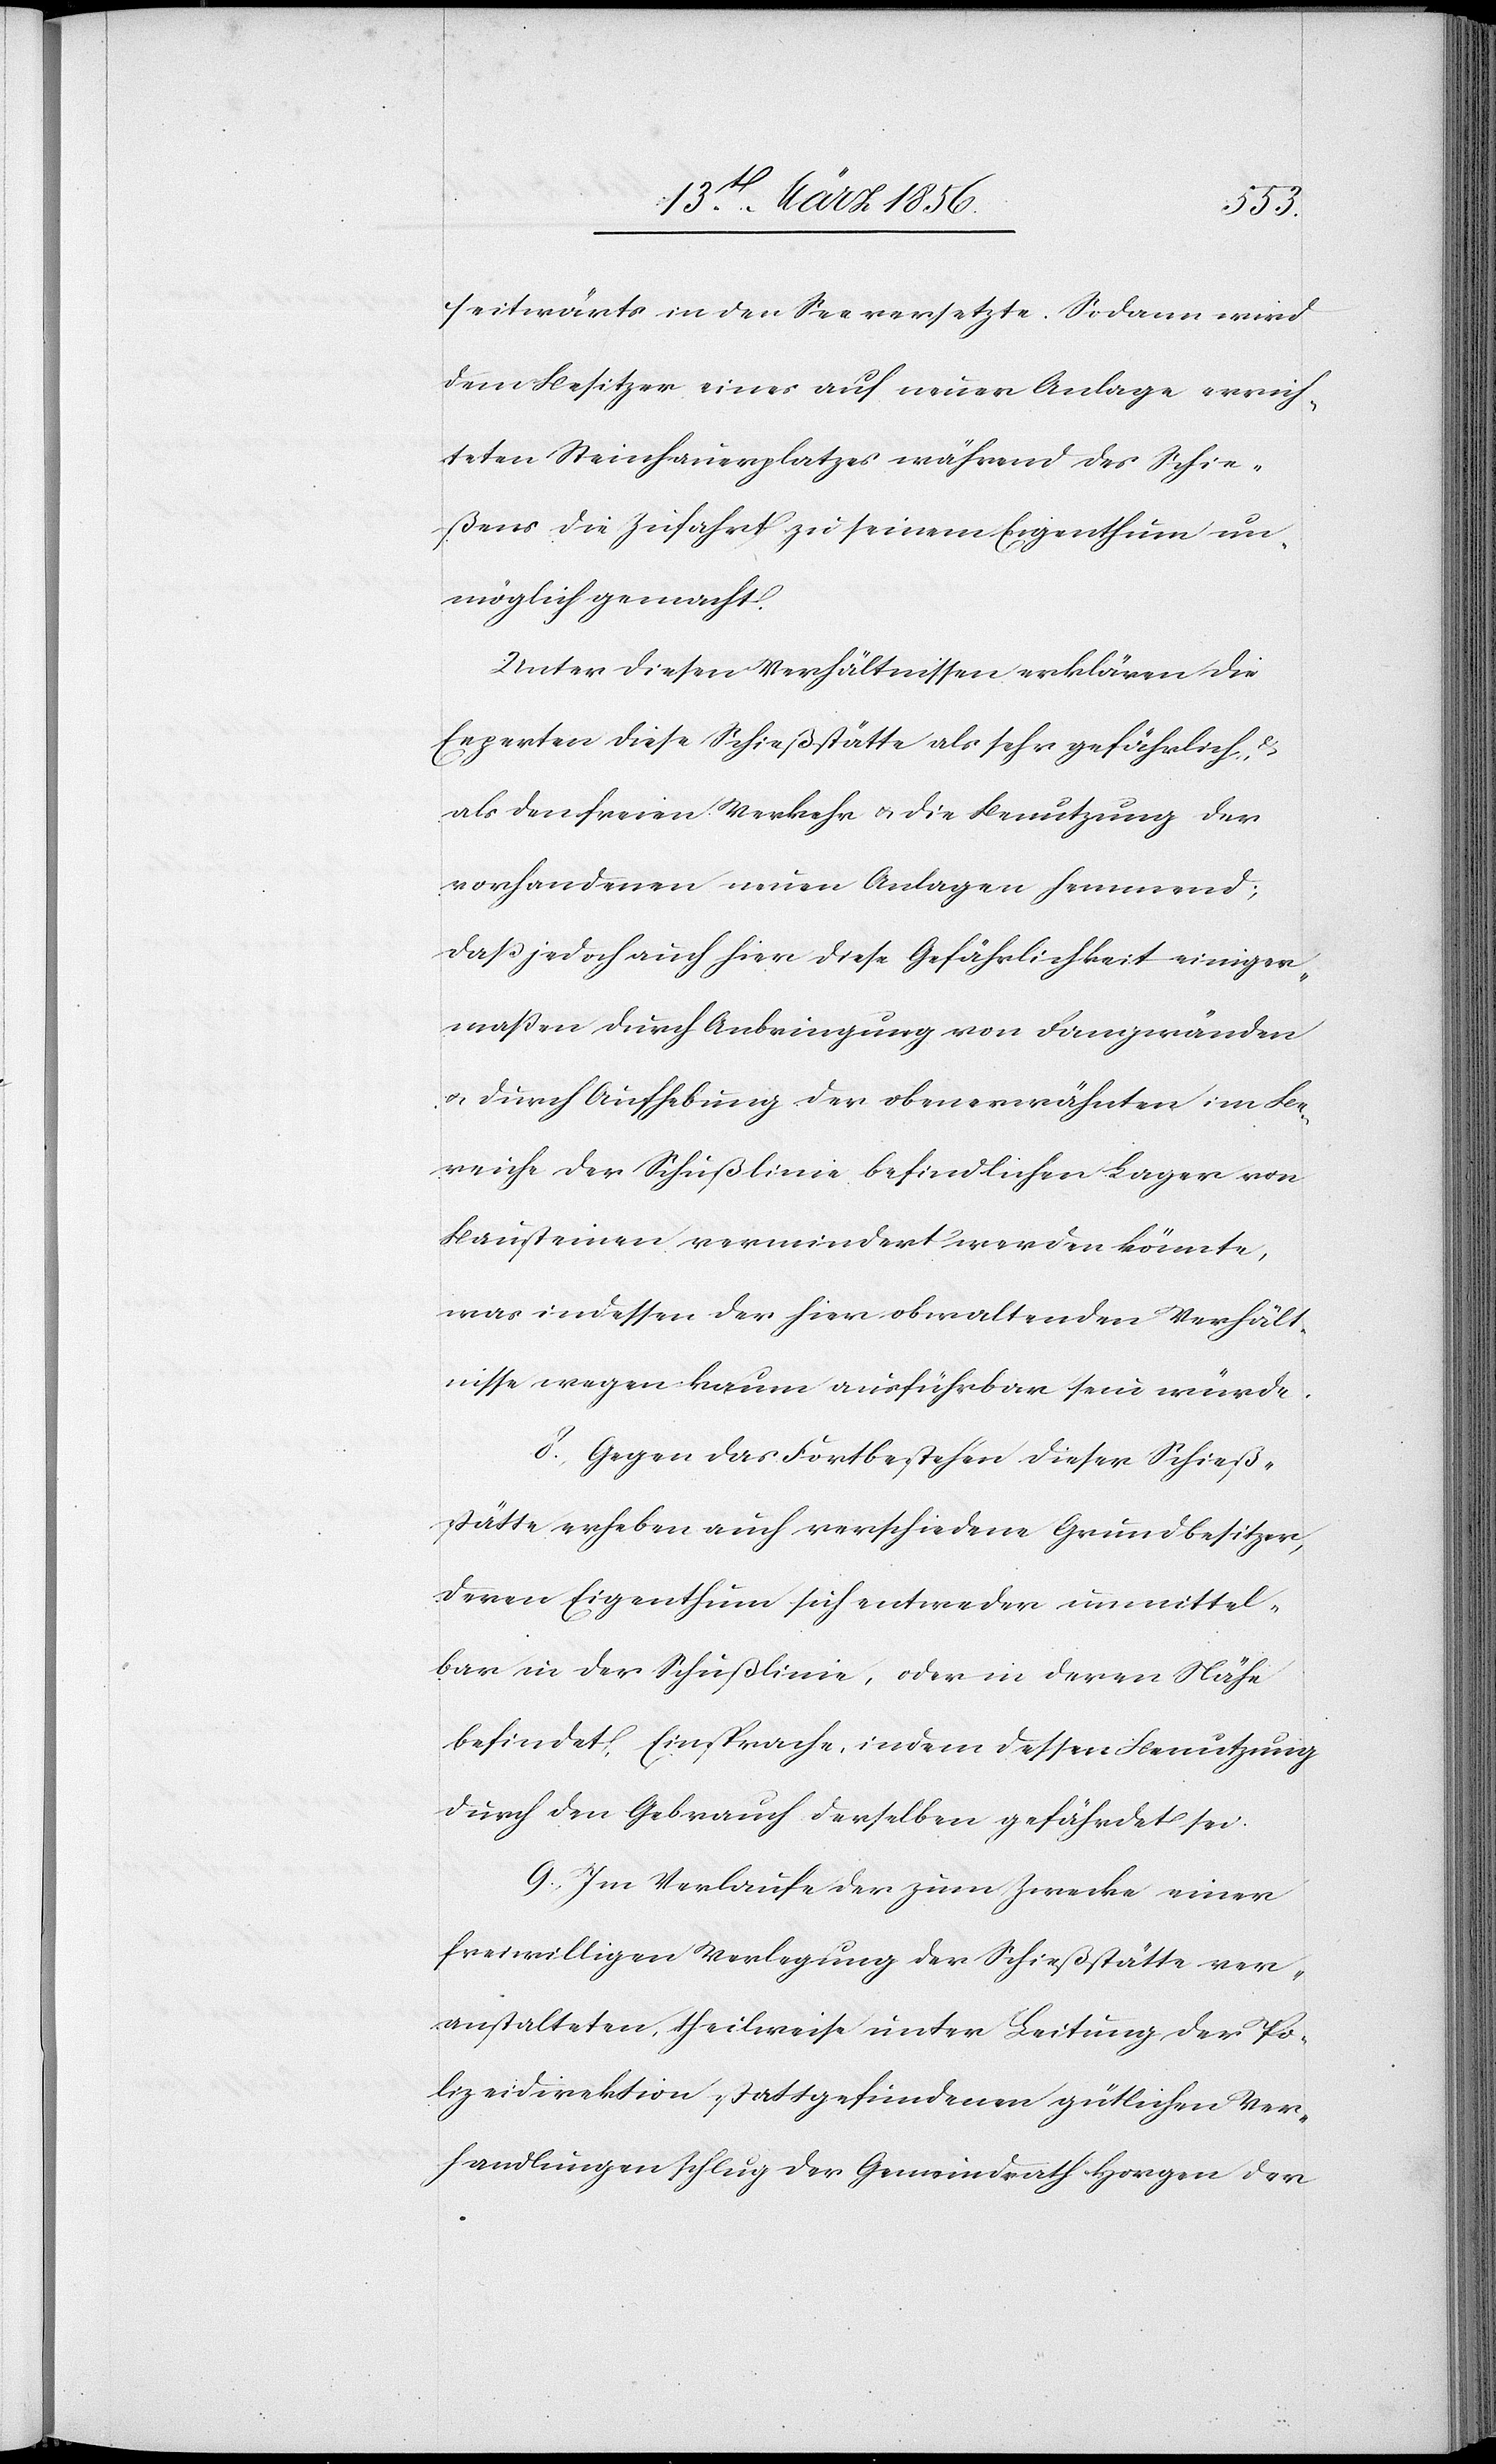
seitwärts in den See versetzte. Sodann wird
dem Besitzer eines auf neuer Anlage errich¬
teten Steinhauerplatzes während des Schie¬
ßens die Zufahrt zu seinem Eigenthum un¬
möglich gemacht.
Unter diesen Verhältnissen erklären die
Experten diese Schießstätte als sehr gefährlich, &
als den freien Verkehr u. die Benutzung der
vorhandenen neuen Anlagen hemmend;
daß jedoch auch hier diese Gefährlichkeit einiger¬
maßen durch Anbringung von Fangwänden
u. durch Aufhebung der obenerwähnten im Be¬
reiche der Schußlinie befindlichen Lager von
Bausteinen vermindert werden könnte,
was indessen der hier obwaltenden Verhält¬
nisse wegen kaum ausführbar sein würde.
8. Gegen das Fortbestehen dieser Schieß¬
stätte erheben auch verschiedene Grundbesitzer,
deren Eigenthum sich entweder unmittel¬
bar in der Schußlinie, oder in deren Nähe
befindet, Einsprache, indem dessen Benutzung
durch den Gebrauch derselben gefährdet sei.
9. Im Verlaufe der zum Zwecke einer
freiwilligen Verlegung der Schießstätte ver¬
anstalteten, theilweise unter Leitung der Po¬
lizeidirektion stattgefundenen gütlichen Ver¬
handlungen schlug der Gemeindrath Horgen der